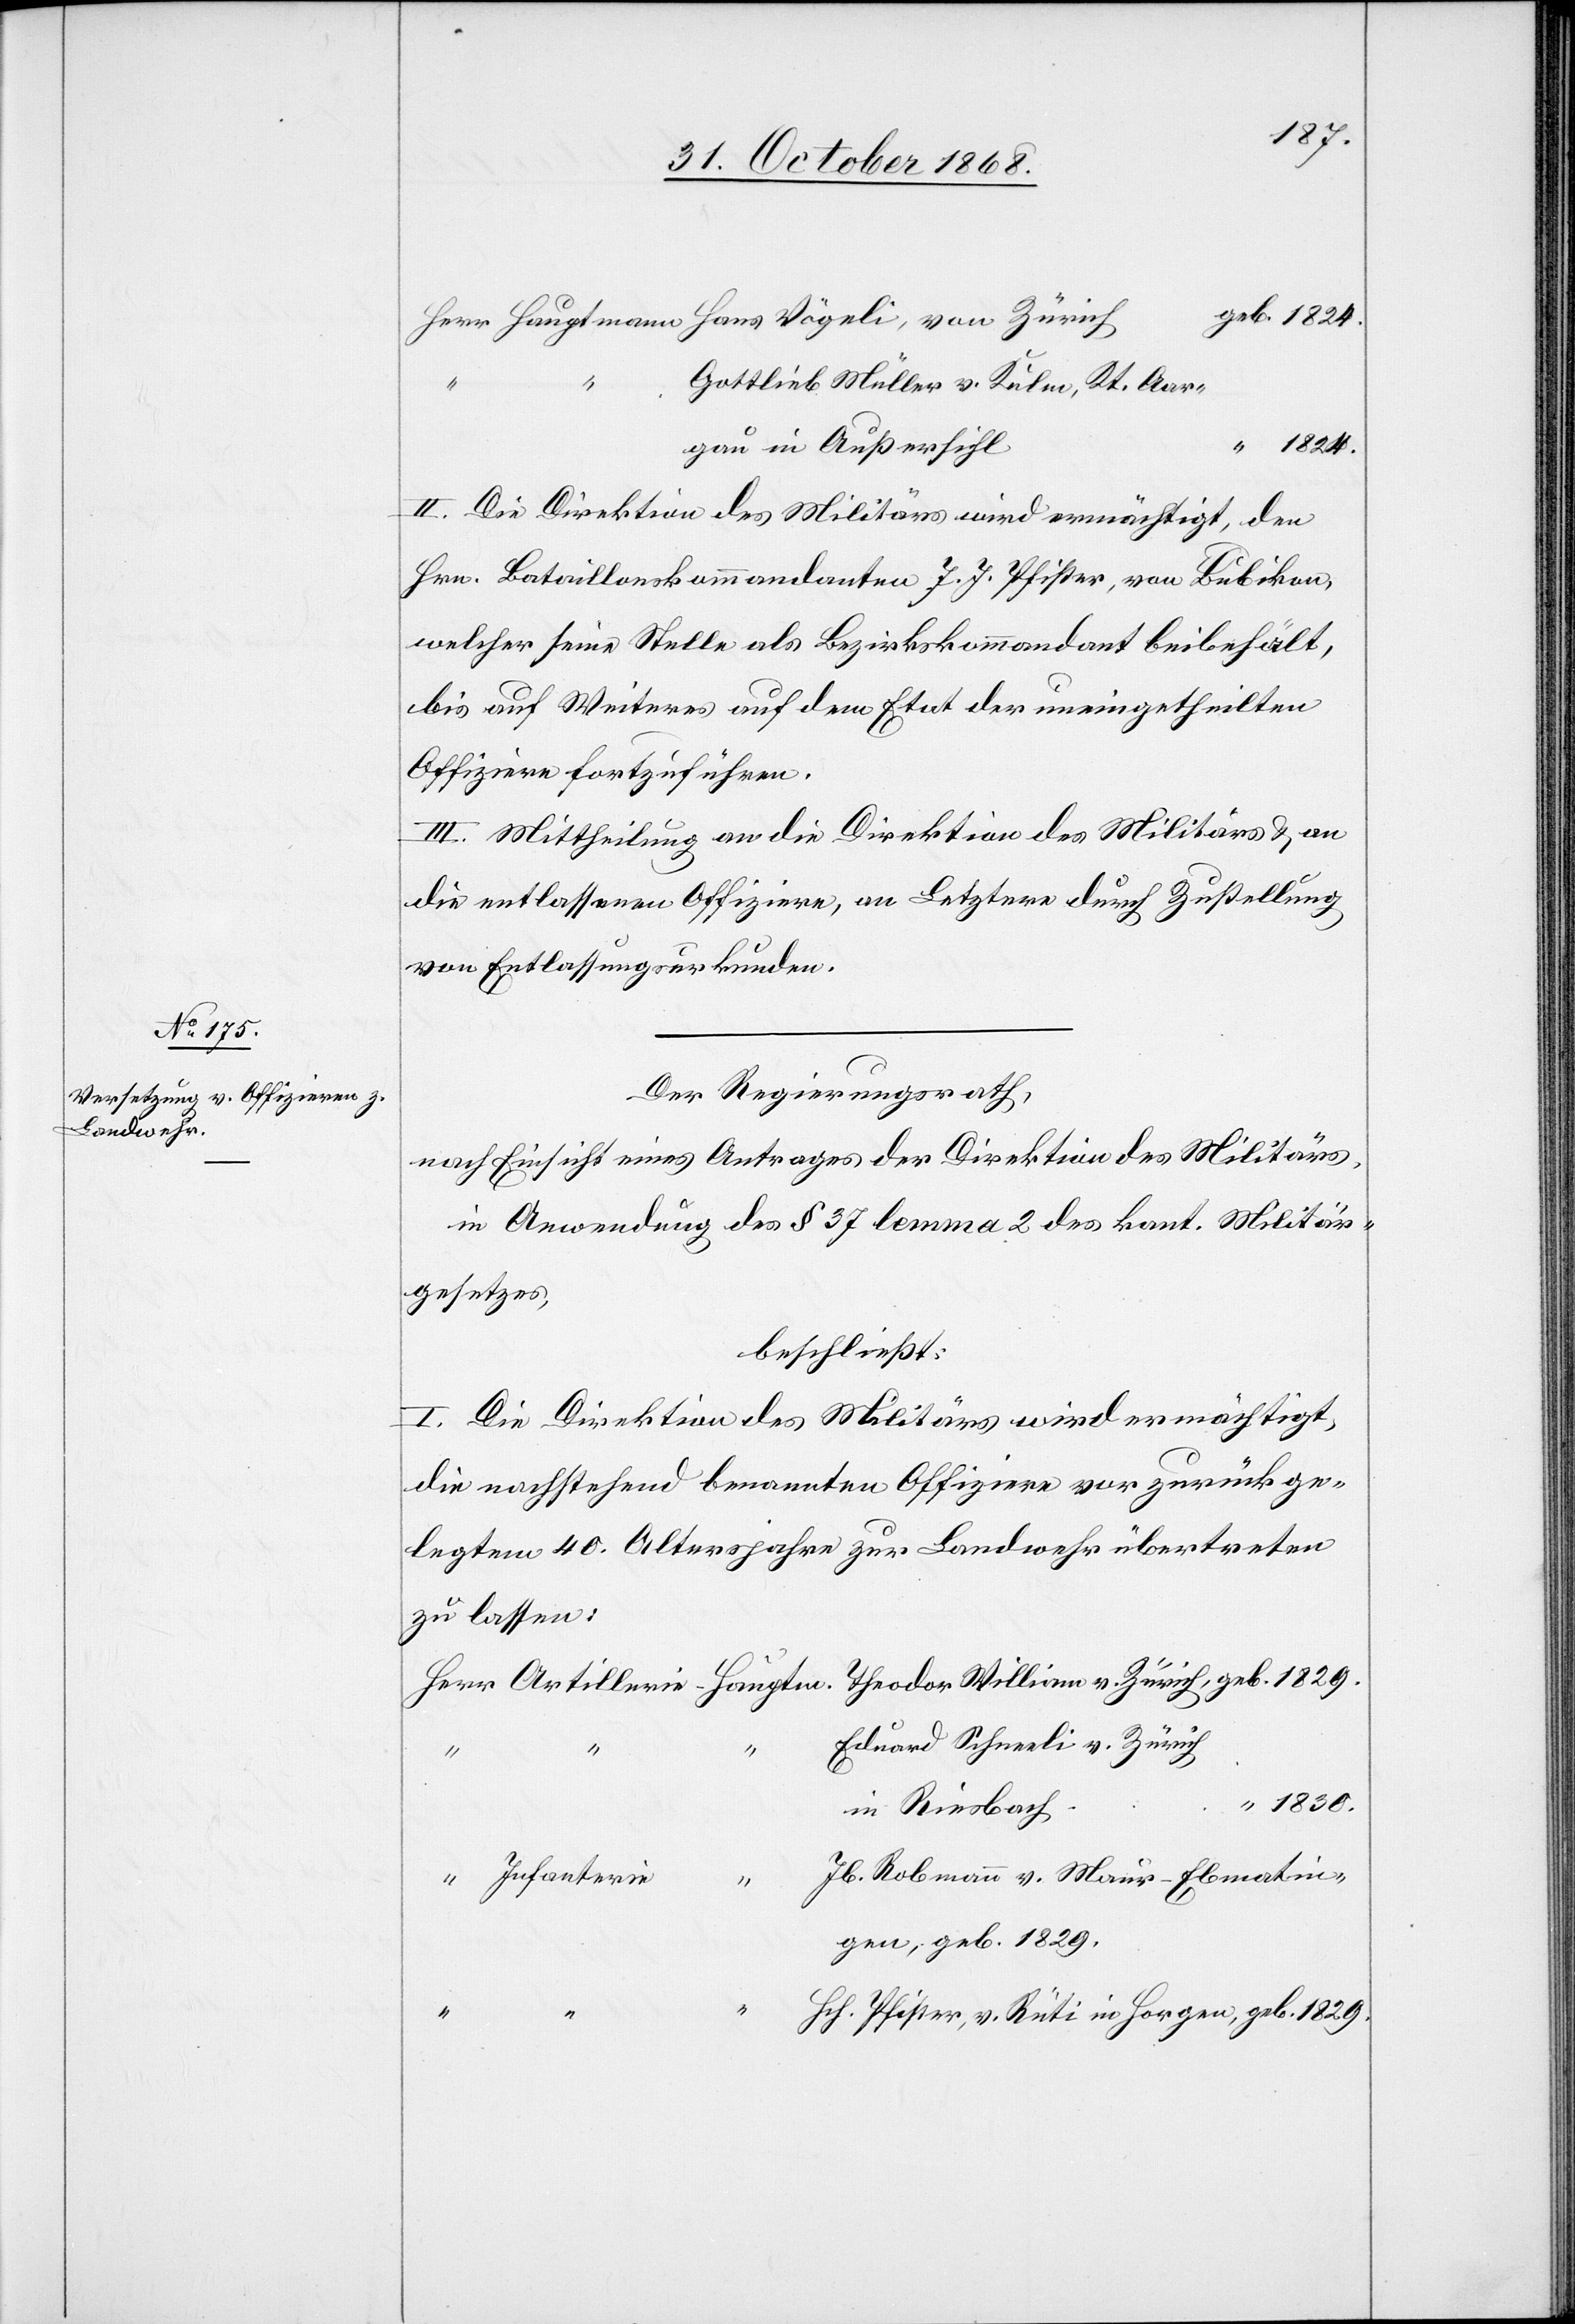
geb. 1829.
Hauptmann Hans Vögeli, von Zürich
Gottlieb Müller v. Kulm, Kt. Aar¬
gen,
“ 1824.
gau in Außersihl
II. Die Direktion des Militärs wird ermächtigt, den
Hrn. Bataillonskommandanten J. J. Pfister, von Bubikon,
welcher seine Stelle als Bezirkskommandant beibehält,
bis auf Weiteres auf dem Etat der uneingetheilten
Offiziere fortzuführen.
III. Mittheilung an die Direktion des Militärs & an
die entlassenen Offiziere, an Letztere durch Zustellung
von Entlassungsurkunden.
Der Regierungsrath,
nach Einsicht eines Antrages der Direktion des Militärs,
in Anwendung des § 37 lemma 2 des kant. Militär¬
gesetzes,
beschließt:
I. Die Direktion des Militärs wird ermächtigt,
die nachstehend benannten Offiziere vor zurückge¬
legtem 40. Altersjahre zur Landwehr übertreten
zu lassen:
Eduard Schneeli v. Zürich
“ 1830.
in Riesbach
Jb. Robmann v. Maur - Ebmatin¬
Infanterie
Hch. Pfister, v. Rüti in Horgen,